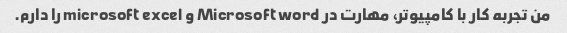
من تجربه کار با کامپیوتر، مهارت در Microsoft word و microsoft excel را دارم.